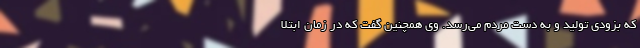
که بزودی تولید و به دست مردم می‌رسد. وی همچنین گفت که در زمان ابتلا